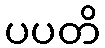
ပပတိ